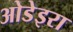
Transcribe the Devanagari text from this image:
ओडेइरा